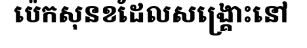
ប៉េកសុនខដែលសង្គ្រោះនៅ